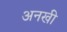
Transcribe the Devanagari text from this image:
अनखी